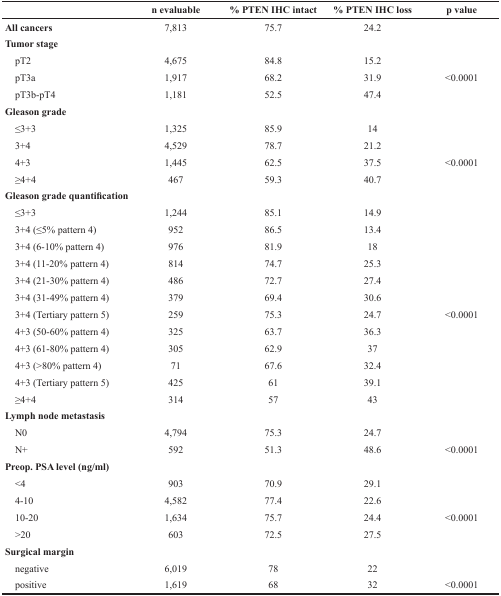
<table><thead><tr><td><b> </b></td><td><b>n evaluable</b></td><td><b>% PTEN IHC intact</b></td><td><b>% PTEN IHC loss</b></td><td><b>p value</b></td></tr></thead><tbody><tr><td><b>All cancers</b></td><td>7,813</td><td>75.7</td><td>24.2</td><td></td></tr><tr><td colspan="5"><b>Tumor stage</b></td></tr><tr><td> pT2</td><td>4,675</td><td>84.8</td><td>15.2</td><td></td></tr><tr><td> pT3a</td><td>1,917</td><td>68.2</td><td>31.9</td><td>&lt;0.0001</td></tr><tr><td> pT3b-pT4</td><td>1,181</td><td>52.5</td><td>47.4</td><td></td></tr><tr><td colspan="5"><b>Gleason grade</b></td></tr><tr><td> ≤3+3</td><td>1,325</td><td>85.9</td><td>14</td><td></td></tr><tr><td> 3+4</td><td>4,529</td><td>78.7</td><td>21.2</td><td></td></tr><tr><td> 4+3</td><td>1,445</td><td>62.5</td><td>37.5</td><td>&lt;0.0001</td></tr><tr><td> ≥4+4</td><td>467</td><td>59.3</td><td>40.7</td><td></td></tr><tr><td colspan="5"><b>Gleason grade quantification</b></td></tr><tr><td> ≤3+3</td><td>1,244</td><td>85.1</td><td>14.9</td><td></td></tr><tr><td> 3+4 (≤5% pattern 4)</td><td>952</td><td>86.5</td><td>13.4</td><td></td></tr><tr><td> 3+4 (6-10% pattern 4)</td><td>976</td><td>81.9</td><td>18</td><td></td></tr><tr><td> 3+4 (11-20% pattern 4)</td><td>814</td><td>74.7</td><td>25.3</td><td></td></tr><tr><td> 3+4 (21-30% pattern 4)</td><td>486</td><td>72.7</td><td>27.4</td><td></td></tr><tr><td> 3+4 (31-49% pattern 4)</td><td>379</td><td>69.4</td><td>30.6</td><td></td></tr><tr><td> 3+4 (Tertiary pattern 5)</td><td>259</td><td>75.3</td><td>24.7</td><td>&lt;0.0001</td></tr><tr><td> 4+3 (50-60% pattern 4)</td><td>325</td><td>63.7</td><td>36.3</td><td></td></tr><tr><td> 4+3 (61-80% pattern 4)</td><td>305</td><td>62.9</td><td>37</td><td></td></tr><tr><td> 4+3 (&gt;80% pattern 4)</td><td>71</td><td>67.6</td><td>32.4</td><td></td></tr><tr><td> 4+3 (Tertiary pattern 5)</td><td>425</td><td>61</td><td>39.1</td><td></td></tr><tr><td> ≥4+4</td><td>314</td><td>57</td><td>43</td><td></td></tr><tr><td colspan="5"><b>Lymph node metastasis</b></td></tr><tr><td> N0</td><td>4,794</td><td>75.3</td><td>24.7</td><td></td></tr><tr><td> N+</td><td>592</td><td>51.3</td><td>48.6</td><td>&lt;0.0001</td></tr><tr><td colspan="5"><b>Preop. PSA level (ng/ml)</b></td></tr><tr><td> &lt;4</td><td>903</td><td>70.9</td><td>29.1</td><td></td></tr><tr><td> 4-10</td><td>4,582</td><td>77.4</td><td>22.6</td><td></td></tr><tr><td> 10-20</td><td>1,634</td><td>75.7</td><td>24.4</td><td>&lt;0.0001</td></tr><tr><td> &gt;20</td><td>603</td><td>72.5</td><td>27.5</td><td></td></tr><tr><td colspan="5"><b>Surgical margin</b></td></tr><tr><td> negative</td><td>6,019</td><td>78</td><td>22</td><td></td></tr><tr><td> positive</td><td>1,619</td><td>68</td><td>32</td><td>&lt;0.0001</td></tr></tbody></table>